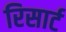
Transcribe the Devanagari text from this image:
रिसार्ट